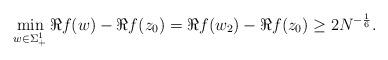
LaTeX: \begin{align*} \min_{w \in \Sigma_{+}^{1}} \Re{f(w)} - \Re{f(z_{0})} = \Re{f(w_{2})} - \Re{f(z_{0})}\geq 2N^{-\frac{1}{6}}. \end{align*}